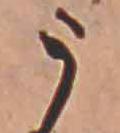
う